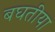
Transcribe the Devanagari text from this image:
बघतीया